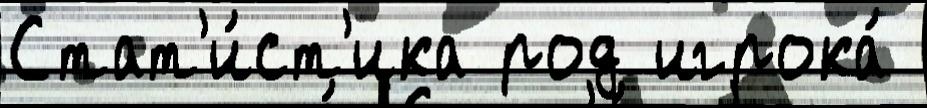
Стат'и́ст'ика род игрока́